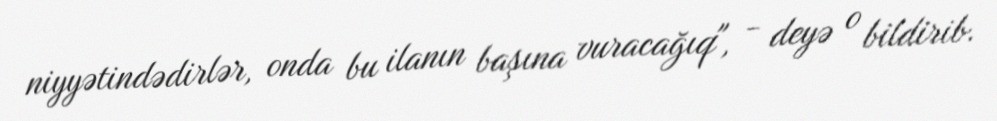
niyyətindədirlər, onda bu ilanın başına vuracağıq", - deyə o bildirib.